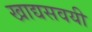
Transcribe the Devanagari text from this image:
खाद्यसवयी